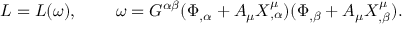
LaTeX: { \cal L } = { \cal L } ( \omega ) , \; \; \; \; \; \; \; \; \omega = G ^ { \alpha \beta } ( \Phi _ { , \alpha } + A _ { \mu } X _ { , \alpha } ^ { \mu } ) ( \Phi _ { , \beta } + A _ { \mu } X _ { , \beta } ^ { \mu } ) .